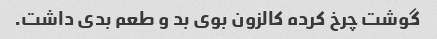
گوشت چرخ کرده کالزون بوی بد و طعم بدی داشت.